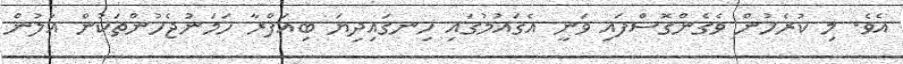
އެވެ. މި ކުރެހުން ވެގެންގޮސްފައި ވަނީ އެގައުމުގައި ހިނގައިދިޔަ ބިއަފްރާ ހަމަނުޖެހުންތަކުން އަލުން